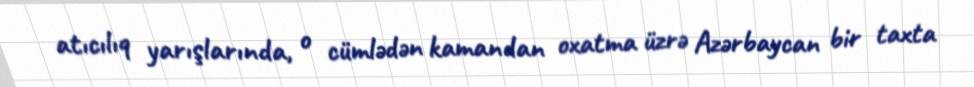
atıcılıq yarışlarında, o cümlədən kamandan oxatma üzrə Azərbaycan bir taxta